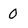
Character: 0